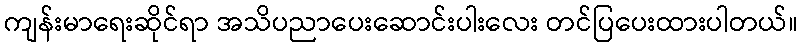
ကျန်းမာရေးဆိုင်ရာ အသိပညာပေးဆောင်းပါးလေး တင်ပြပေးထားပါတယ်။